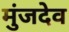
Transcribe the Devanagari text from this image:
मुंजदेव